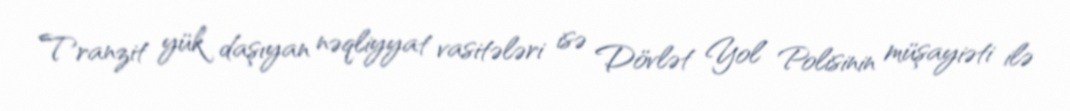
Tranzit yük daşıyan nəqliyyat vasitələri isə Dövlət Yol Polisinin müşayiəti ilə